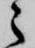
之